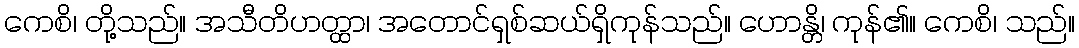
ကေစိ၊ တို့သည်။ အသီတိဟတ္ထာ၊ အတောင်ရှစ်ဆယ်ရှိကုန်သည်။ ဟောန္တိ၊ ကုန်၏။ ကေစိ၊ သည်။